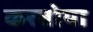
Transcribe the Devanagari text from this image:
करतोया